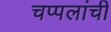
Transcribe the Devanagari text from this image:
चप्पलांची